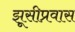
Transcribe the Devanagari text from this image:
झूसीप्रवास